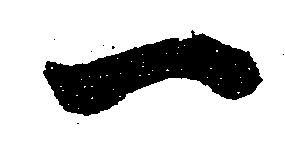
一